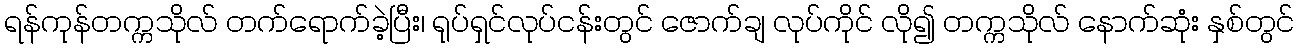
ရန်ကုန်တက္ကသိုလ် တက်ရောက်ခဲ့ပြီး၊ ရုပ်ရှင်လုပ်ငန်းတွင် ဇောက်ချ လုပ်ကိုင် လို၍ တက္ကသိုလ် နောက်ဆုံး နှစ်တွင်